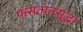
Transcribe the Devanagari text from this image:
फसतातसुद्धा